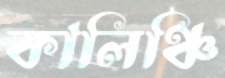
কালিঞ্চি